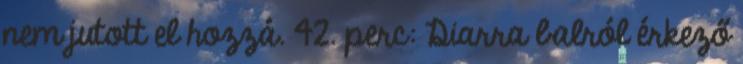
nem jutott el hozzá. 42. perc: Diarra balról érkező